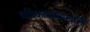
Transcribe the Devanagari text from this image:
अधिकारक्षेत्राखाली